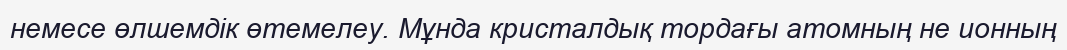
немесе өлшемдік өтемелеу. Мұнда кристалдық тордағы атомның не ионның